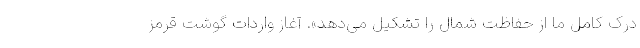
درک کامل ما از حفاظت شمال را تشکیل می‌دهد». آغاز واردات گوشت قرمز